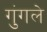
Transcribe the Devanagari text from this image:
गुंगले